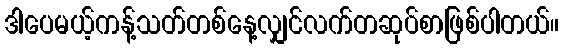
ဒါပေမယ့်ကန့်သတ်တစ်နေ့လျှင်လက်တဆုပ်စာဖြစ်ပါတယ်။